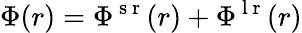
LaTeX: \Phi(r)=\Phi^{\mathrm{~s~r~}}(r)+\Phi^{\mathrm{~l~r~}}(r)